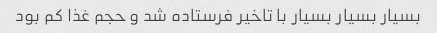
بسیار بسیار بسیار با تاخیر فرستاده شد و حجم غذا کم بود